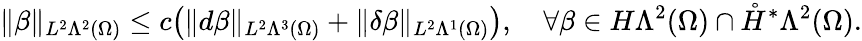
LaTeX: \Vert\beta\Vert_{L^{2}\Lambda^{2}(\Omega)}\leq c\big(\Vert d\beta\Vert_{L^{2}\Lambda^{3}(\Omega)}+\Vert\delta\beta\Vert_{L^{2}\Lambda^{1}(\Omega)}\big),\quad\forall\beta\in H\Lambda^{2}(\Omega)\cap\mathring{H}^{\ast}\Lambda^{2}(\Omega).